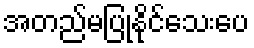
အတည်မပြုနိုင်သေးပေ